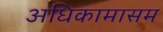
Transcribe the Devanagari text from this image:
अधिकामासम